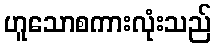
ဟူသောစကားလုံးသည်